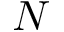
\cal N